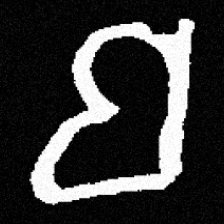
Pyu character \u2014 Myanmar letter: ဗ (romanized: ba)